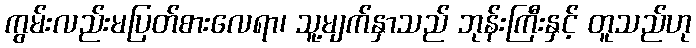
ကွမ်းလည်းမပြတ်စားလေရာ၊ သူ့မျက်နှာသည် ဘုန်းကြီးနှင့် တူသည်ဟု